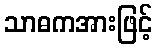
သာဓကအားဖြင့်